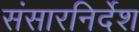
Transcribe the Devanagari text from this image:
संसारनिर्देश